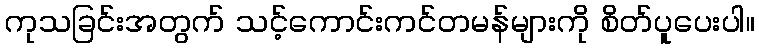
ကုသခြင်းအတွက် သင့်ကောင်းကင်တမန်များကို စိတ်ပူပေးပါ။